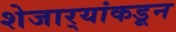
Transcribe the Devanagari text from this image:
शेजार्‍यांकडून